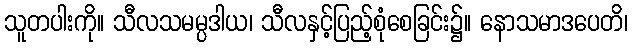
သူတပါးကို။ သီလသမမ္ပဒါယ၊ သီလနှင့်ပြည့်စုံစေခြင်း၌။ နောသမာဒပေတိ၊